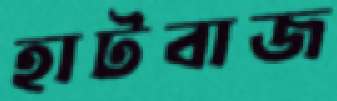
হাটবাজ